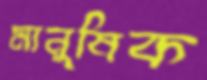
মানুষিক